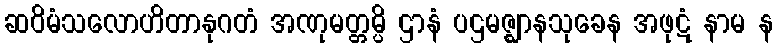
ဆဝိမံသလောဟိတာနုဂတံ အဏုမတ္တမ္ပိ ဌာနံ ပဌမဇ္ဈာနသုခေန အဖုဋံ နာမ န